Cholera in India, 1862 to 1881
Year: 1862
Disease focus: Cholera
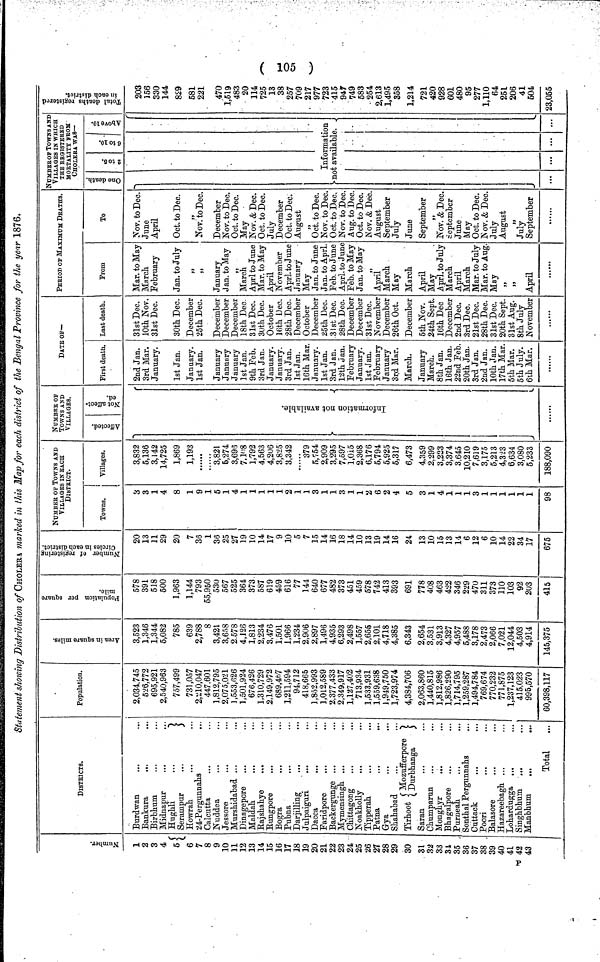
( 105 )
Statement showing Distribution of CHOLERA marked in this Map for each district of the Bengal Province for the year 1876.
Number
1
2
3
4
5
6
7
8
9
10
11
12
13
14
15
16
17
18
19
20
21
22
23
24
25
26
27
28
29
30
31
32
33
34
35
36
37
38
39
40
41
42
43
DISTRICTS.
Burdwan
Bankura
...
Birbhum
Midnapur
Hughli
Howrah
24-Pergunnahs
...
Calcutta
Nuddea
Jessore
...
Murshidabad ...
Dinagepore
Maldah
Rajshahye
Rungpore
Bogra
Pubna
Darjilling
Julpaiguri
...
..
Dacca
...
Faridpore
Backergunge ...
Mymensingh ...
..
Chittagong
Noakholly
Tipperah
Patna
...
Gya
Shahabad
Tirhoot
Mozufferpore
Saran
Chumparun
Monghyr
...
Bhagalpore ...
Purneah
Sonthal Pergunnahs
Cuttack
Poori
Balasore
Hazareebagh ...
Lohardugga ...
Singhbhum
...
Manbhum
...
...
Total
Population.
2,034,745
526,772
695,921
2,540,963
757,499
731,057
2,210,047
447.601
1,812,795
2,075,021
1,553,626
1,501,924
676,426
1,310,729
2,149,972
689,467
1,211,594
94,712
418,665
1,852,993
1,012,589
2,377,433
2,349,917
1,127,402
713,934
1,533,931
1,559,638
1,949,750
1,723,974
4,384,706
2,063,860
1,440,815
1,812,986
1,826,290
1,714,795
1,259,287
1,494,784
769,674
770,232
771,875
1,237,123
415,023
995,570
60,398,117
Area in
square
miles.
3,523
1,346
1,344
5,082
785
639
2,788
8
3,421
3,658
2 578
4,126
1,813
2,234
3,476
1,501
1,966
1,234
2,906
2,897
1,496
4,935
6,293
2,498
1,557
2,655
2,101
4,718
4,385
6,343
2,654
3,531
3,913
4,327
4,957
5,488
3,178
2,473
2,066
7,021
12,044
4,503
4,914
145,375
Population
per
square
578
391
518
600
1,963
1,144
793
55,950
530
567
525
364
373
587
619
459
616
77
144
640
677
482
373
451
459
578
742
413
393
691
778
408
463
422
346
229
470
311
373
110
103
92
203
415
Number of
registering
Circles in
district.
20
13
11
29
20
7
36
1
36
25
27
19
10
14
17
9
10
5
7
15
14
16
18
14
10
13
19
14
16
24
13
10
15
13
14
6
12
6
10
14
22
34
17
675
NUMBER OF TOWNS AND
VILLAGES IN BACK
DISTRICT.
Towns.
3
3
1
4
8
1
9
1
5
1
4
1
1
1
1
1
2
1
1
3
1
1
3
1
1
2
6
2
4
5
3
1
4
1
1
1
3
1
1
1
1
1
1
98
Villages.
3,832
5,136
3,142
14,725
1,869
1,193
......
3,821
&,274
3,696
7,108
1,792
4,563
4,206
3,825
3,342
......
379
5,754
2,909
3,295
7,597
1,015
2,368
6,176
5,794
5,925
5,317
6,473
4,359
2,299
3,223
3,374
3,645
10,210
7,619
3,175
5,213
4,323
6,634
3,080
5,233
188,090
NUMBER OF
TOWNS AND
VILLAGES.
Affected. Not affected.
Information not avilable.
DATE OF—
First death.
2nd Jan.
3rd Mar.
January.
1st Jan.
January.
1st Jan.
January
January
January
1st Jan.
9th Feb.
3rd Jan.
January.
January.
3rd Jan.
1st Jan.
16th Mar.
January.
1st Jan.
3rd Jan.
12th Jan.
February
January.
1st Jan.
February
January
3rd Mar.
March.
January
March.
8th Jan.
16th Jan.
22nd Feb.
20th Jan.
3rd Jan.
2nd Jan.
10th Jan.
17th Mar.
5th Mar.
5th July.
6th Mar.
Last death.
31st Dec.
10th Nov..
31st Dec.
30th Dec.
December
25th Dec.
December
December
December
18th Dec.
31st Dec.
30th Dec.
October
16th Dec.
28th Dec.
December
October
December
25th Dec.
31st Dec.
28th Dec.
December
December
31st Dec.
November
December
26th Oct.
December
5th Nov.
24th Sept.
16th Dec
December
2nd Dec.
3rd Dec.
21st Dec.
28th Dec.
31st Dec.
20th Sept.
31st Aug.
8th July
November
PERIOD OF MAXIMUM DEATHS.
From
Mar. to May
March
February
Jan. to July
,,
,,
January
Jan. to May
,,
March
Aprl to June
Mar. to May
April
November
Aprl. to June
January
May
Jan. to June
Jan. to Aprl.
Feb. to June
Aprl. to June
Feb. to May
Jan. to May
,,
April
March
May
March
April
May
Aprl. to July
March
April
March
Mar. to July
Mar. to Aug.
May
,,
,,
April
To
Nov. to Dec.
June
April
Oct. to Dec.
,,
NOv. to Dec.
December
Nov. to Dec.
Oct. to Dec.
May
Nov. & Dec.
Oct. to Dec.
July
December
Oct. to Dec.
August
,,
Oct. to Dec.
Nov. to Dec.
Oct. to Dec.
Nov. to Dec.
Aug. to Dec.
Oct. to Dec.
Nov. & Dec.
August
September
July
June
September
,,
Nov. & Dec.
September
June
May
Oct. to Dec.
Nov. & Dec.
July
August
,,
July
September
NUMBER TOWNS AND
VILLAGES IN WHICH
THE REGISTERED
MORTALITY FROM
CHOLERA WAS—
One
death. 5, 10, 10.
Information
not available.
Total
deaths registered in each
district.
203
156
330
144
829
581
221
470
1,519
483
20
114
725
13
38
257
709
217
977
723
415
947
749
583
254
2,613
1,495
358
1,214
721
420
928
601
480
95
277
1,110
64
251
206
41
504
23,055